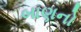
બાણનો